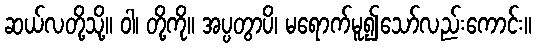
ဆယ်လတို့သို့။ ဝါ၊ တို့ကို။ အပ္ပတွာပိ၊ မရောက်မူ၍သော်လည်းကောင်း။